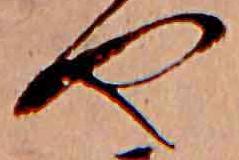
や